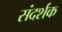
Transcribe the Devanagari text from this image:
संदर्शक